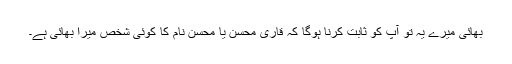
بھائی میرے یہ تو آپ کو ثابت کرنا ہوگا کہ قاری محسن یا محسن نام کا کوئی شخص میرا بھائی ہے۔